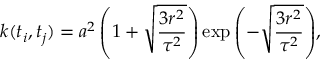
k ( t _ { i } , t _ { j } ) = a ^ { 2 } \left( 1 + \sqrt { \frac { 3 r ^ { 2 } } { \tau ^ { 2 } } } \right) \exp { \left( - \sqrt { \frac { 3 r ^ { 2 } } { \tau ^ { 2 } } } \right) } ,